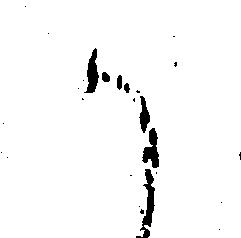
か